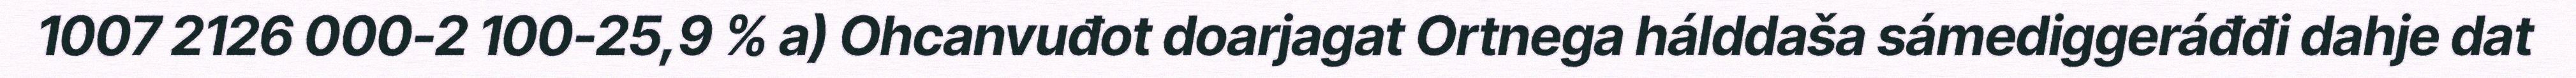
1007 2126 000-2 100-25,9 % a) Ohcanvuđot doarjagat Ortnega hálddaša sámediggeráđđi dahje dat